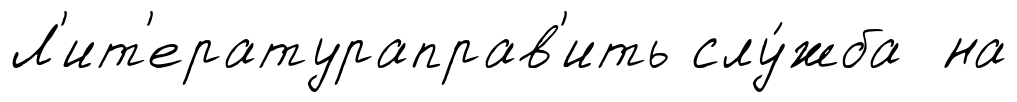
Л'ит'ератураправ'ить слу́жба на